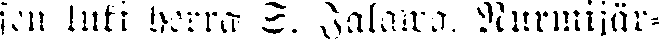
sen luki herra S. Jalawa. Nurmijär-